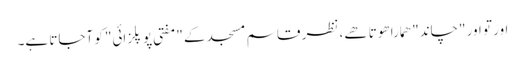
اور تو اور "چاند" ھمارا ھوتا ھے، نظر قاسم مسجد کے "مفتی پوپلزائی" کو آجاتا ہے۔